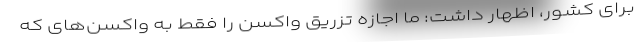
برای کشور، اظهار داشت: ما اجازه تزریق واکسن را فقط به واکسن‌های که